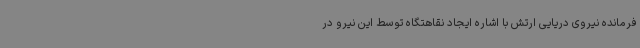
فرمانده نیروی دریایی ارتش با اشاره ایجاد نقاهتگاه توسط این نیرو در